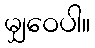
မျှဝေပါ။